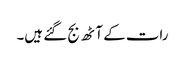
رات کے آٹھ بج گئے ہیں۔